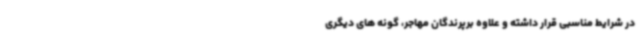
در شرایط مناسبی قرار داشته و علاوه برپرندگان مهاجر، گونه های دیگری